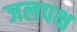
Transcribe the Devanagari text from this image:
जलपक्ष